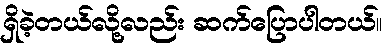
ရှိခဲ့တယ်လို့လည်း ဆက်ပြောပါတယ်။